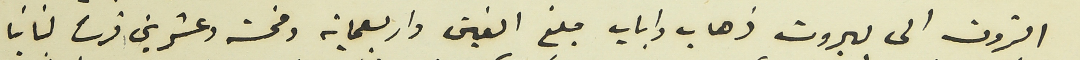
البترون الى بيروت ذهاب واياب الفين واربعماية وخمسة وعشرين قرشاً لبنانياً